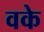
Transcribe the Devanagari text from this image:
वके